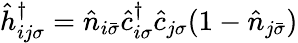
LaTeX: \hat{h}_{ij\sigma}^{\dagger}=\hat{n}_{i\bar{\sigma}}\hat{c}_{i\sigma}^{\dagger}\hat{c}_{j\sigma}(1-\hat{n}_{j\bar{\sigma}})